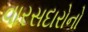
વારસદારોનો